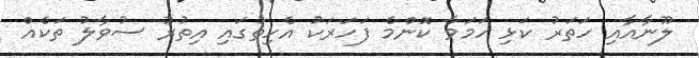
ލޫނާއާއި ހަތަރު ކަޅި ހަމަވާ ކޮންމެ ފަހަރަކު އެހިތުގައި އިތުރު ސުވާލު ތަކެއް